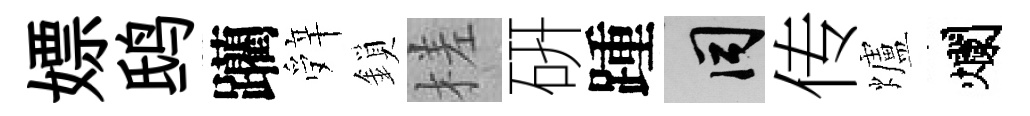
嫖鸱躪辤鎖槎硏踵间传爐爛